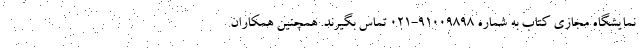
نمایشگاه مجازی کتاب به شماره ۹۱۰۰۹۸۹۸-۰۲۱ تماس بگیرند. همچنین همکاران